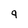
Character: 9